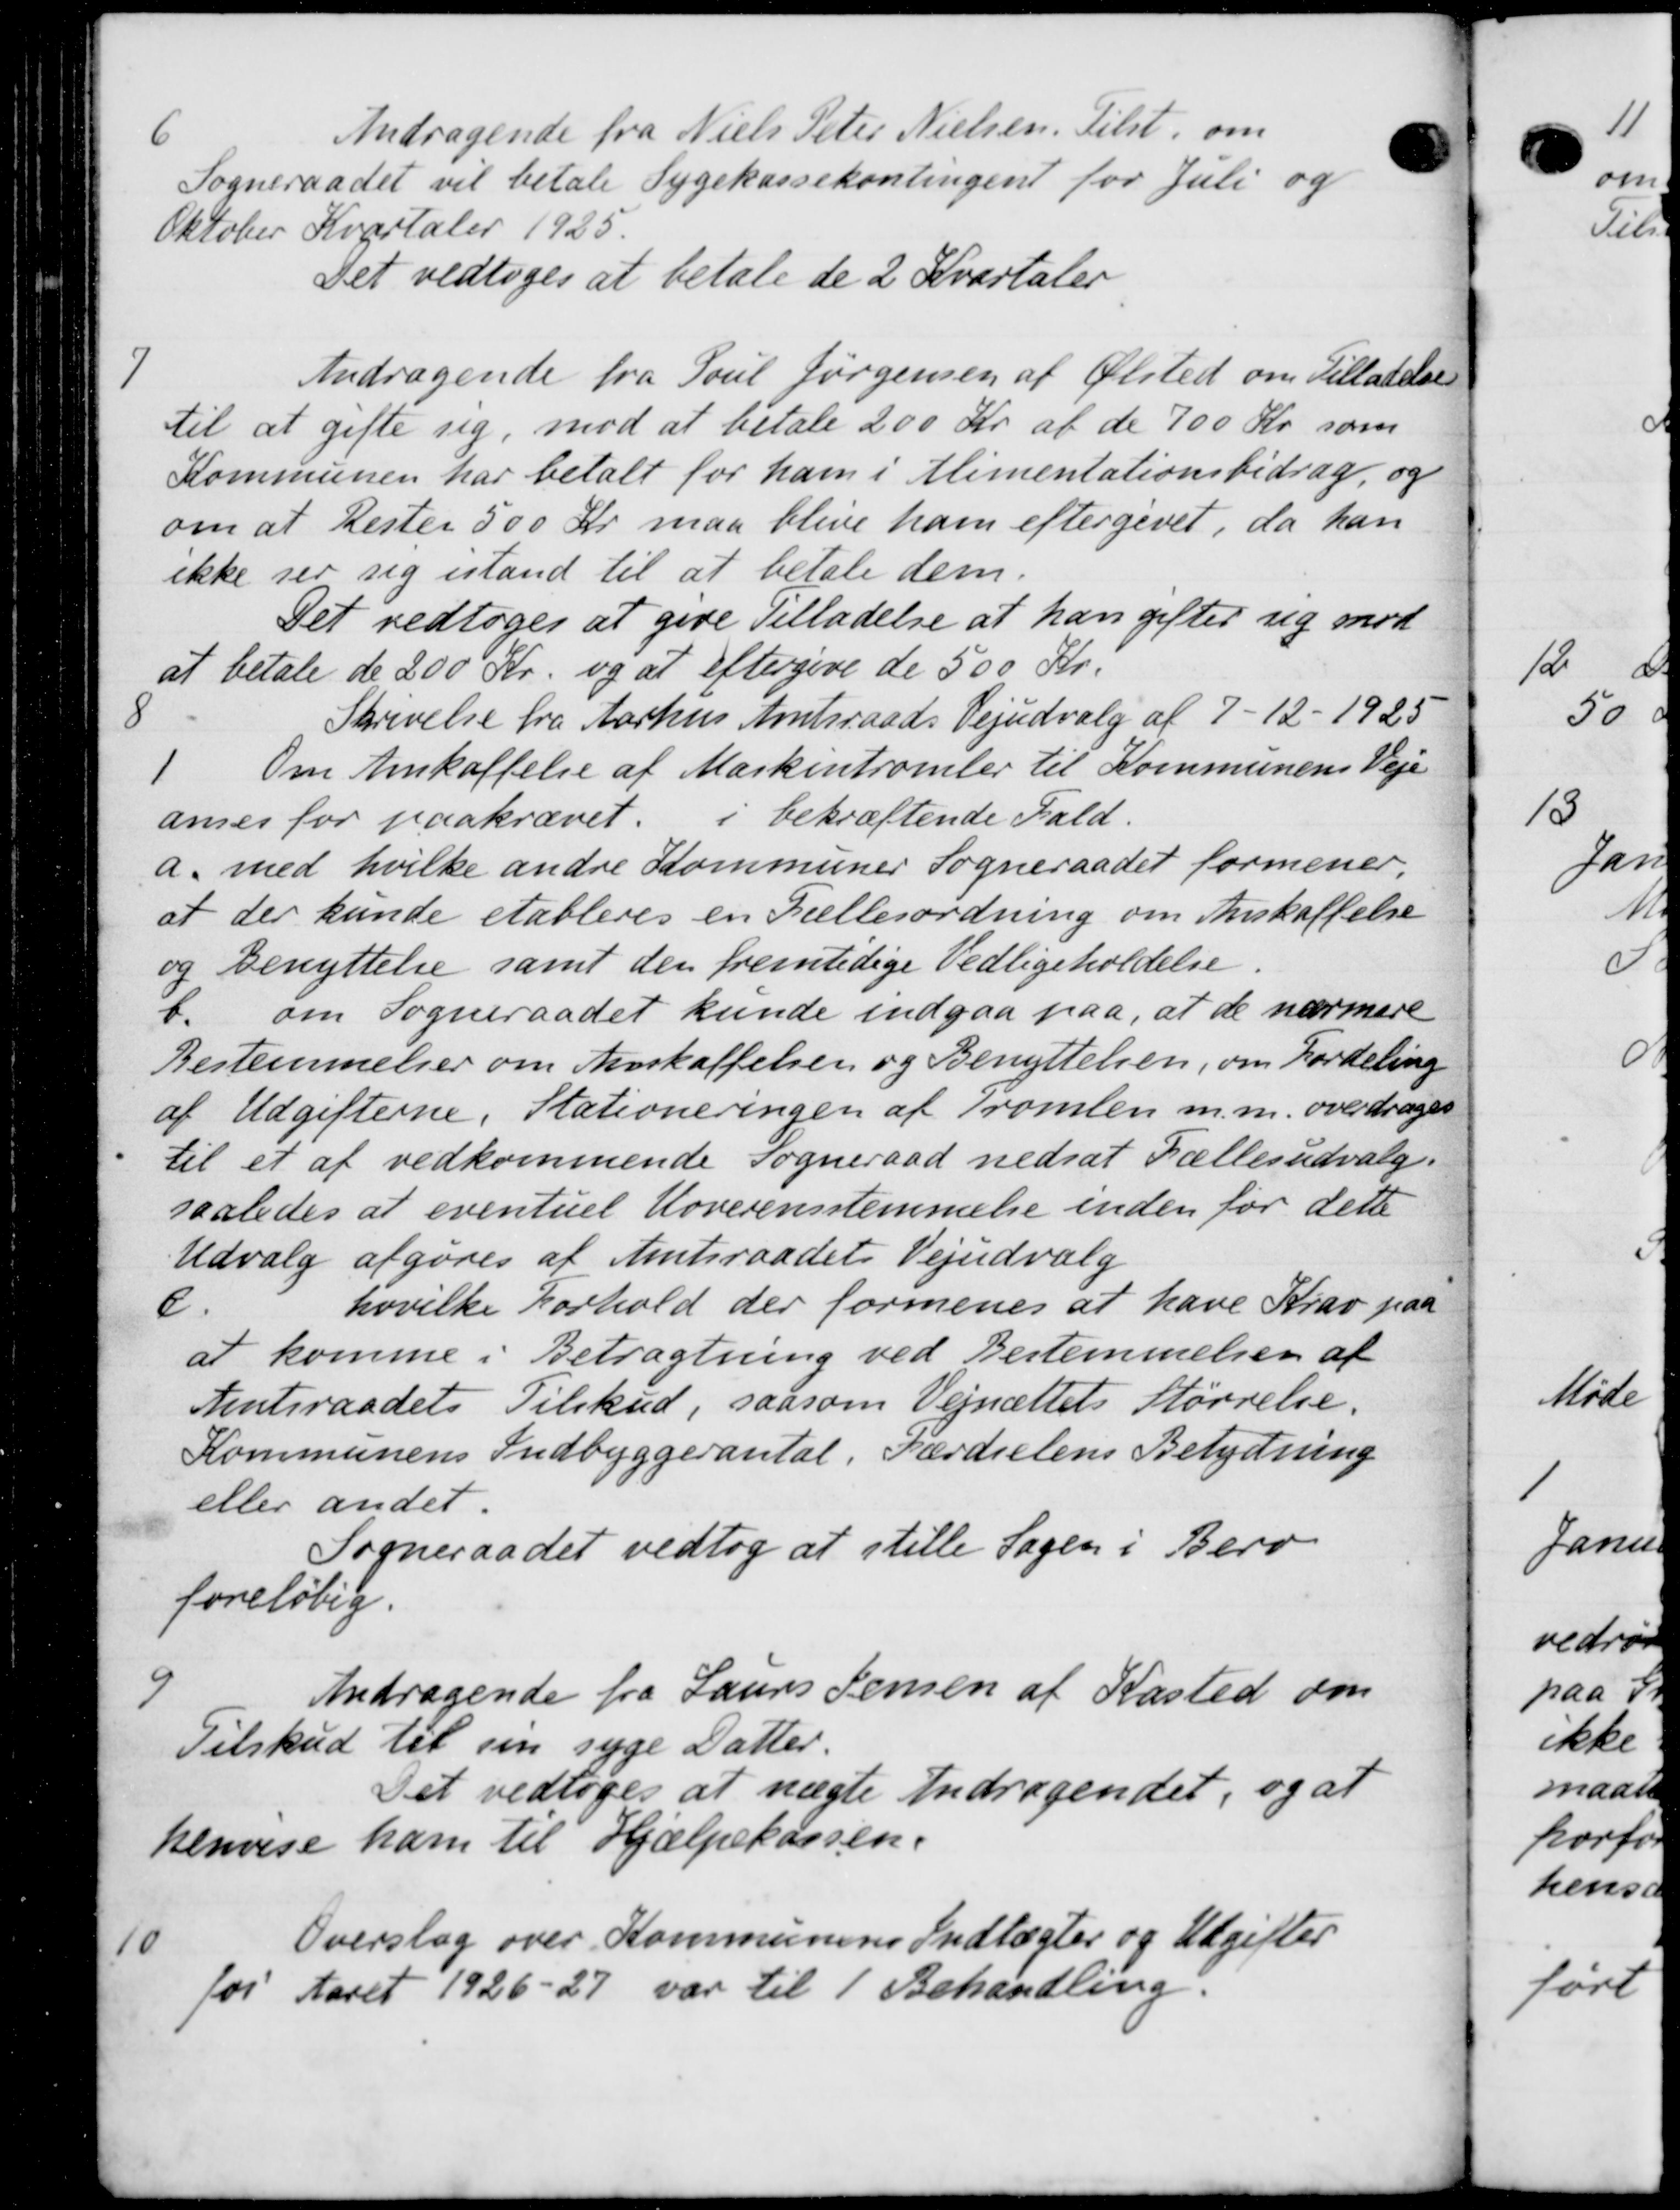
Transskription:
6
Andragende fra Niels Peter Nielsen. Tilst, om
Sogneraadet vil betale Sygekassekontingent for Juli og
Oktober Kvartaler 1925.
Det vedtoges at betale de 2 Kvartaler,
7
Andragende fra Poul Jørgensen af Ølsted om Tilladelse
til at gifte sig, mod at betale 200 Kr. af de 700 Kr. som
Kommunen har betalt for ham i Alimentationsbidrag, og
om at Rester 500 Kr. maa blive ham eftergivet, da han
ikke ser sig istand til at betale dem.
Det vedtoges at give Tilladelse at han gifter sig mod
at betale de 200 Kr. og at eftergive de 500 Kr.

Skrivelse fra Aarhus Amtsraads Vejudvalg af 7 - 12 - 1925
1 Om Anskaffelse af Maskintromler til Kommunens Veje
anses for paakrævet.
i bekræftende Fald.
a. med hvilke andre Kommuner Sogneraadet formener,
at der kunde etableres en Fællesordning om Anskaffelse
og benyttelse samt der fremtidige Vedligeholdelse.
t. om Sogneraadet kunde indgaa paa, at de nærmere
Bestemmelser om Anskaffelsen og Benyttelsen, om Fordeling
af Udgifterne. Stationeringen af Tromlen m.m. overdroges
til et af vedkommende Sogneraad nedsat Fællesudvalg.
saaledes at eventuel Hoverensstemmelse inden for dette
Udvalg afgøres af Amtsraadets Vejudvalg
hovilke Forhold der formenes at have Krav paa
c
at komme i Betragtning ved Bestemmelsen af
Amtsraadets Tilskud, saasom Vejnættets Størrelse.
Kommunens Indbyggerantal. Færdselens Betydning
eller andet.
Sogneraadet vedtog at stille Sagen i Bero
foreløbig.
9
Andragende fra Laurs Jensen af Kasted om
Tilskud til sin syge Datter.
Det vedtoges at nægte Andragendet, og at
henvise ham til Hjælpekassen.
10
Overslag over Kommunens Indtægter og Udgifter
for Aaret 1926-27 var til 1 Behandling.